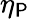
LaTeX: \eta_{\mathsf{P}}